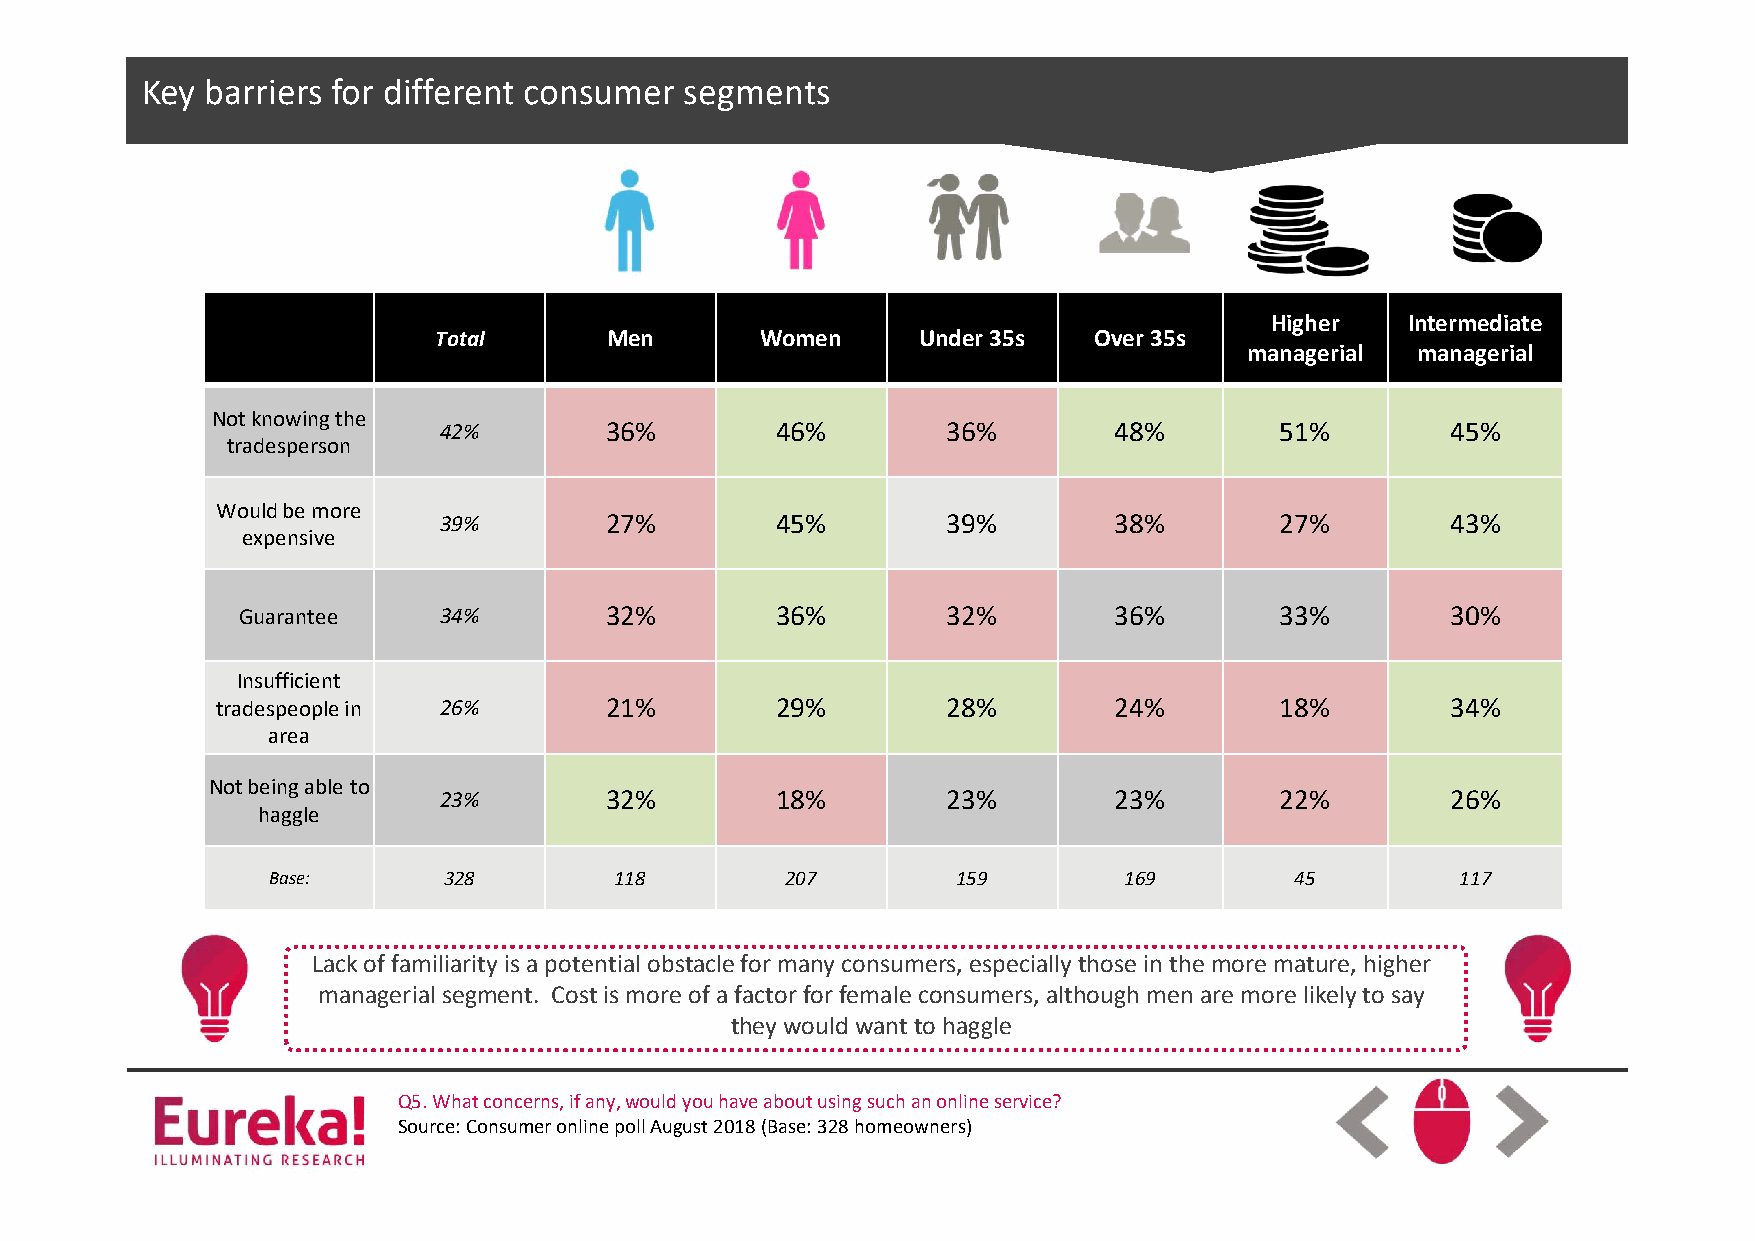
KCelyic bka rtroie res dfoirt dMiffearsetnet rc otnitsluem setr yselegments
 Higher   Intermediate
 Total      Men       Women      Under 35s  Over 35s
 managerial managerial
 2
 Not knowing the
 42%        36%        46%         36%        48%        51%        45%
 tradesperson
 Would be more
 39%        27%        45%         39%        38%        27%        43%
 expensive
 Guarantee    34%        32%        36%         32%        36%        33%        30%
 Insufficient
 tradespeople in 26%       21%        29%         28%        24%        18%        34%
 area
 Not being able to
 23%        32%        18%         23%        23%        22%        26%
 haggle
 Base:      328         118        207        159        169         45         117
 Lack of familiarity is a potential obstacle for many consumers, especially those in the more mature, higher
 managerial segment. Cost is more of a factor for female consumers, although men are more likely to say
 they would want to haggle
 Q5. What concerns, if any, would you have about using such an online service?
 Source: Consumer online poll August 2018 (Base: 328 homeowners)